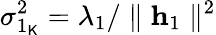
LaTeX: \sigma_{1_{\mathsf{K}}}^{2}=\lambda_{1}/\parallel\mathbf{{h}}_{1}\parallel^{2}